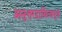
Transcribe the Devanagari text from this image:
अनुत्तरदायित्वपूर्ण